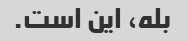
بله، این است.